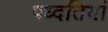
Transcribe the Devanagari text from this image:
पध्दतियां